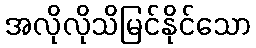
အလိုလိုသိမြင်နိုင်သော